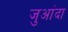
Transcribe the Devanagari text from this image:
जुआंदा